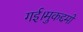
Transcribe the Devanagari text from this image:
गई।मुकद्दमों